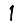
Digit: 1